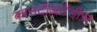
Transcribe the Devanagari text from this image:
काउंटीअटेंडीज़